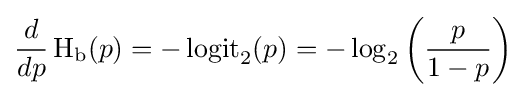
{d \over dp}\operatorname {H} _{\text{b}}(p)=-\operatorname {logit} _{2}(p)=-\log _{2}\left({\frac {p}{1-p}}\right)